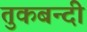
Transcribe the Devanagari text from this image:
तुकबन्दी